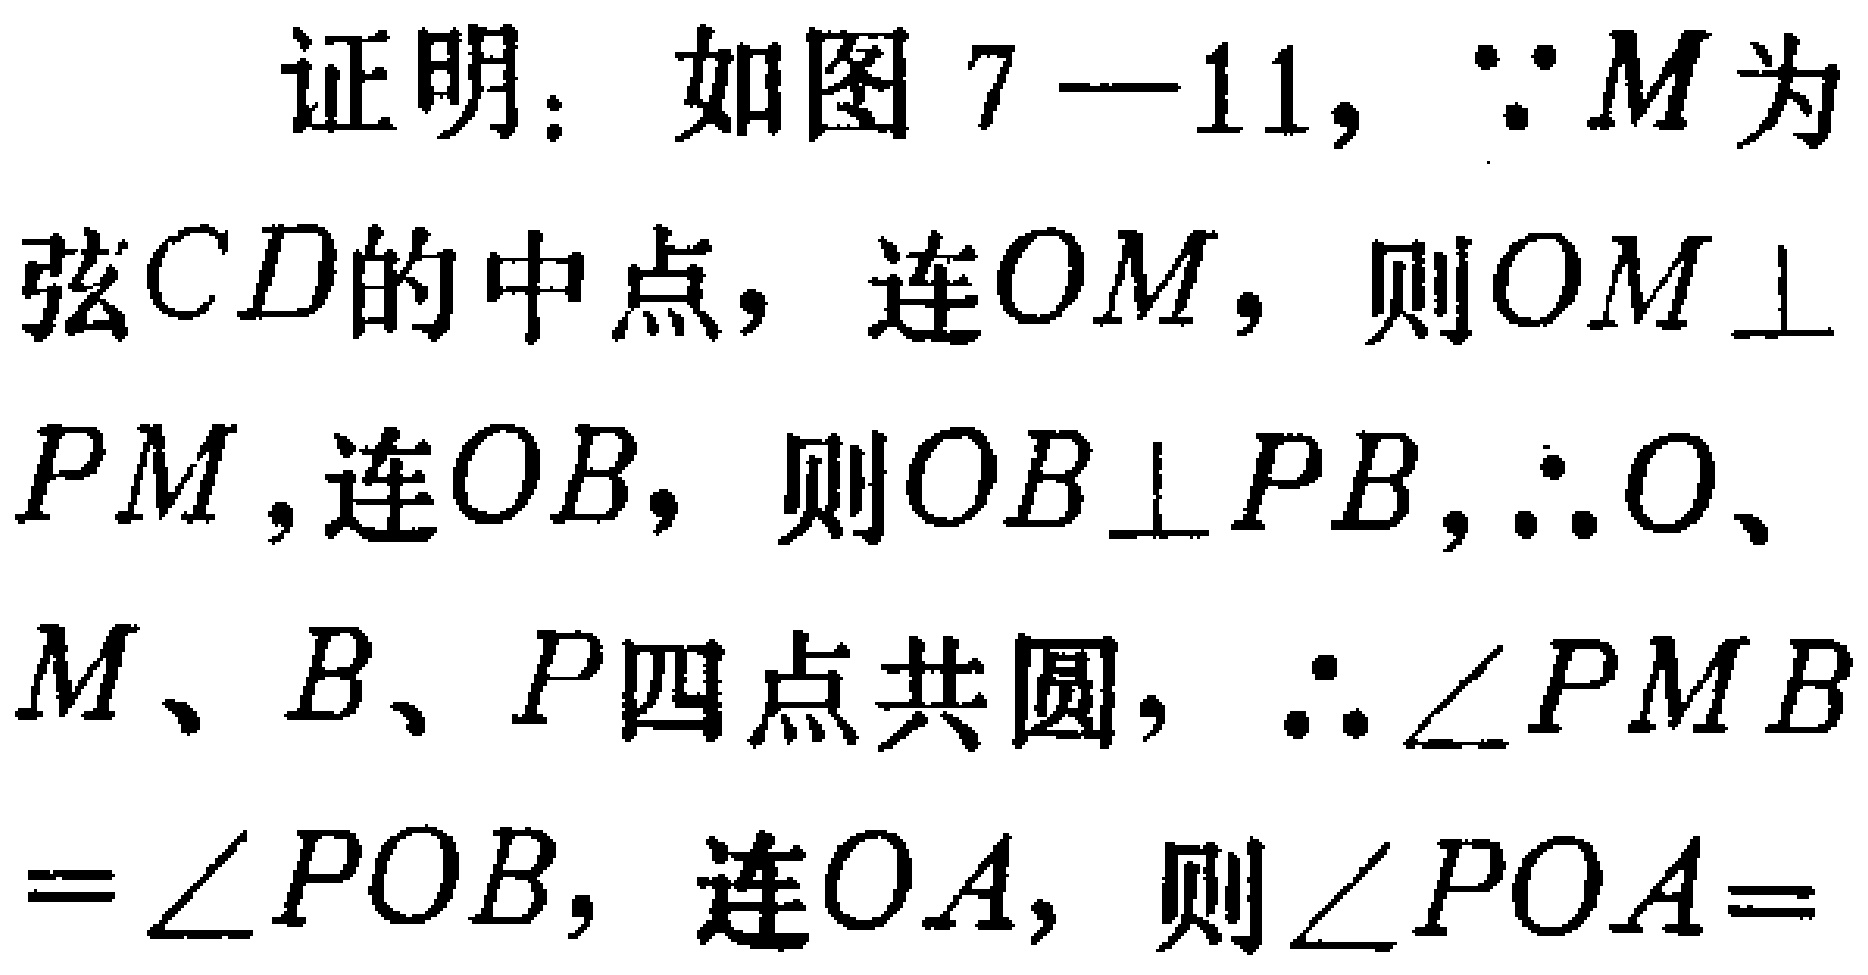
证明：如图7—11，$\because M$为弦$CD$的中点，连$OM$，则$OM\perp PM$,连$OB$，则$OB\perp PB$,$\therefore O、M、B、P$四点共圆，$\therefore \angle PMB=\angle POB$，连$OA$，则$\angle POA=$